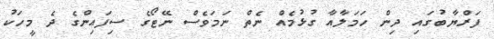
ފަރްޔާބުގައި ދިން ހަމަލާއާ ގުޅުމެއް ނެތް ނަމަވެސް ނޭޓޯގެ ސިފައިންގެ ދެ މީހަކު